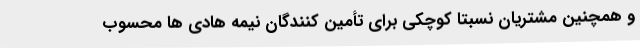
و همچنین مشتریان نسبتاً کوچکی برای تأمین کنندگان نیمه هادی ها محسوب